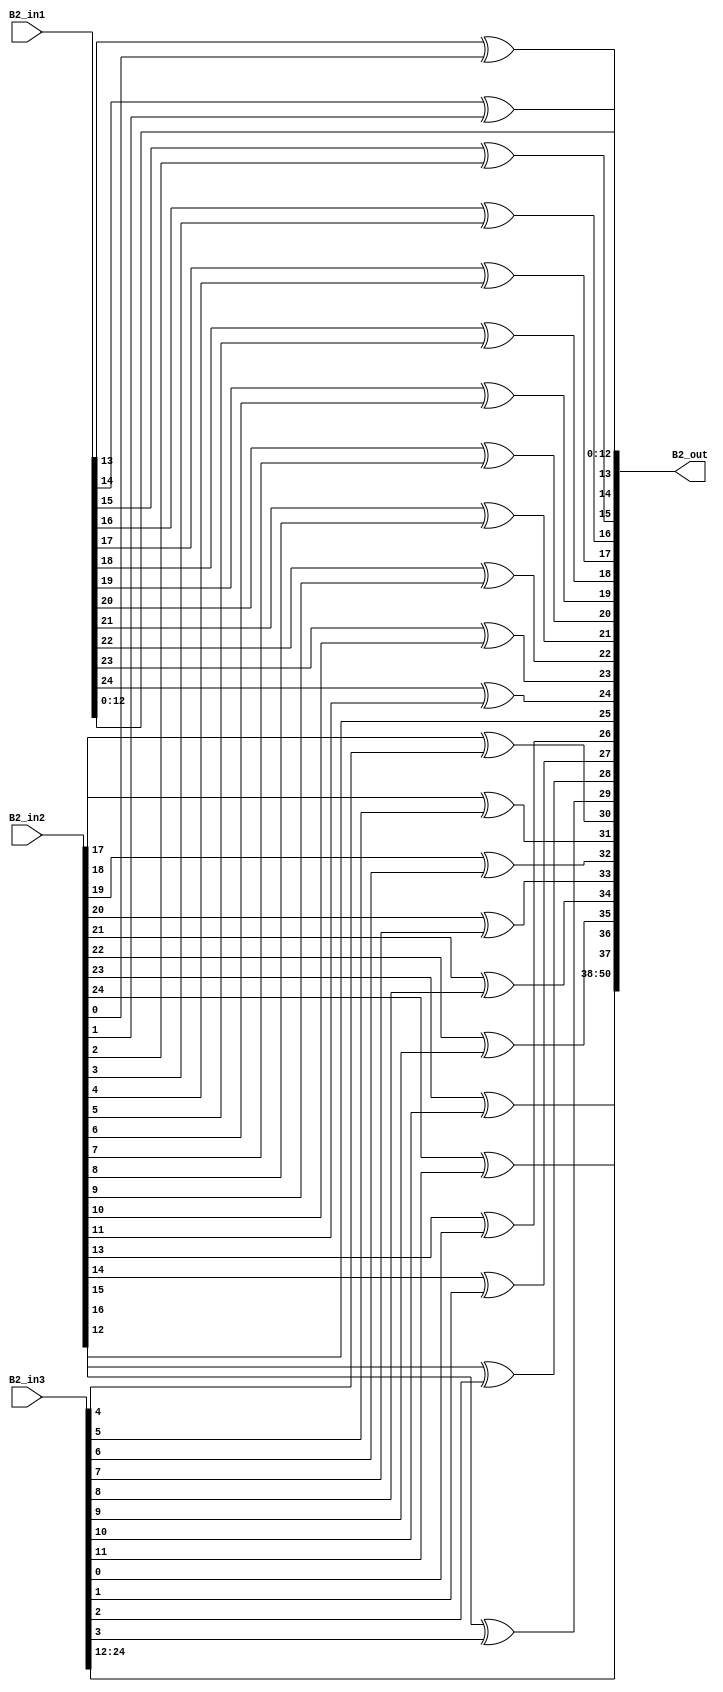
`timescale 1ns / 1ps 
//////////////////////////////////////////////////////////////////////////////////  
// Company:    
 // Engineer:   
 //  // Create Date: 25.01.2022 23:34:48 
// Design Name:     
// Module Name: overlap_module 
 // Project Name:    
// Target Devices:  
// Tool Versions:   
// Description: 
//              
// Dependencies:   
 //  
// Revision:       
 // Revision 0.01 - File Created 
// Additional Comments: 
//  
//////////////////////////////////////////////////////////////////////////////////  
    
    
module overlap_module_25bit(     
    B2_in1,                
    B2_in2,             
    B2_in3,   
    B2_out 
    );     


parameter n = 26;
    
input [n-2:0] B2_in1;   
input [n-2:0] B2_in2;    
input [n-2:0] B2_in3;    

output [2*n-2:0] B2_out;  
    


assign B2_out[0] = B2_in1[0];

assign B2_out[1] = B2_in1[1];

assign B2_out[2] = B2_in1[2];

assign B2_out[3] = B2_in1[3];

assign B2_out[4] = B2_in1[4];

assign B2_out[5] = B2_in1[5];

assign B2_out[6] = B2_in1[6];

assign B2_out[7] = B2_in1[7];

assign B2_out[8] = B2_in1[8];

assign B2_out[9] = B2_in1[9];

assign B2_out[10] = B2_in1[10];

assign B2_out[11] = B2_in1[11];

assign B2_out[12] = B2_in1[12];

assign B2_out[13] = B2_in1[13]^ B2_in2[0];

assign B2_out[14] = B2_in1[14]^ B2_in2[1];

assign B2_out[15] = B2_in1[15]^ B2_in2[2];

assign B2_out[16] = B2_in1[16]^ B2_in2[3];

assign B2_out[17] = B2_in1[17]^ B2_in2[4];

assign B2_out[18] = B2_in1[18]^ B2_in2[5];

assign B2_out[19] = B2_in1[19]^ B2_in2[6];

assign B2_out[20] = B2_in1[20]^ B2_in2[7];

assign B2_out[21] = B2_in1[21]^ B2_in2[8];

assign B2_out[22] = B2_in1[22]^ B2_in2[9];

assign B2_out[23] = B2_in1[23]^ B2_in2[10];

assign B2_out[24] = B2_in1[24]^ B2_in2[11];

assign B2_out[25] = B2_in2[12];

assign B2_out[26] = B2_in2[13]^B2_in3[0];

assign B2_out[27] = B2_in2[14]^B2_in3[1];

assign B2_out[28] = B2_in2[15]^B2_in3[2];

assign B2_out[29] = B2_in2[16]^B2_in3[3];

assign B2_out[30] = B2_in2[17]^B2_in3[4];

assign B2_out[31] = B2_in2[18]^B2_in3[5];

assign B2_out[32] = B2_in2[19]^B2_in3[6];

assign B2_out[33] = B2_in2[20]^B2_in3[7];

assign B2_out[34] = B2_in2[21]^B2_in3[8];

assign B2_out[35] = B2_in2[22]^B2_in3[9];

assign B2_out[36] = B2_in2[23]^B2_in3[10];

assign B2_out[37] = B2_in2[24]^B2_in3[11];

assign B2_out[38] = B2_in3[12];

assign B2_out[39] = B2_in3[13];

assign B2_out[40] = B2_in3[14];

assign B2_out[41] = B2_in3[15];

assign B2_out[42] = B2_in3[16];

assign B2_out[43] = B2_in3[17];

assign B2_out[44] = B2_in3[18];

assign B2_out[45] = B2_in3[19];

assign B2_out[46] = B2_in3[20];

assign B2_out[47] = B2_in3[21];

assign B2_out[48] = B2_in3[22];

assign B2_out[49] = B2_in3[23];

assign B2_out[50] = B2_in3[24];

endmodule